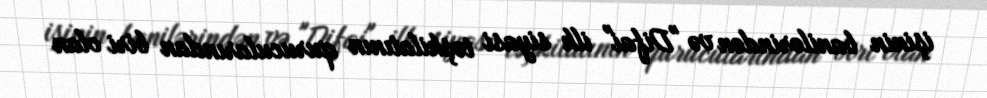
işinin banilərindən və "Difai" ilk siyasi təşkilatının qurucularından biri olan